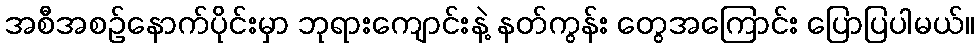
အစီအစဥ်နောက်ပိုင်းမှာ ဘုရားကျောင်းနဲ့ နတ်ကွန်း တွေအကြောင်း ပြောပြပါမယ်။